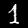
Digit: 1